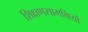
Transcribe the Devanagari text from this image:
शिक्षणसामग्रियों